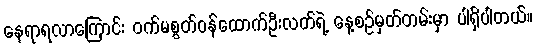
နေရာရလာကြောင်း ဝက်မစွတ်ဝန်ထောက်ဦးလတ်ရဲ့ နေ့စဉ်မှတ်တမ်းမှာ ပါရှိပါတယ်။